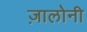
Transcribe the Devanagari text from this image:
ज़ालोनी